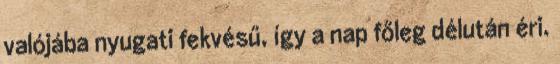
valójába nyugati fekvésű, így a nap főleg délután éri.